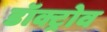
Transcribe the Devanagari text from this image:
डॉक्ट्रोव